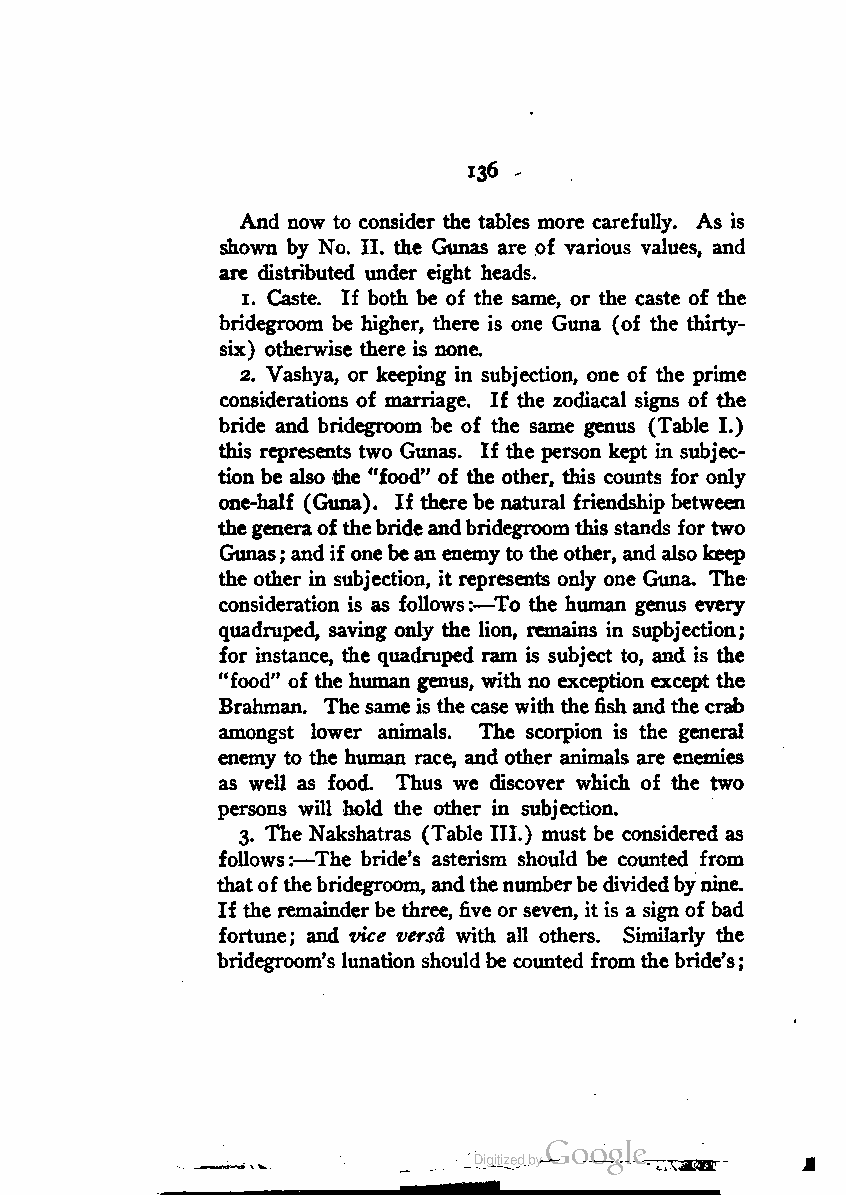
136
 And now to consider the tables more carefully. As is
 shown by No. II. the Gunas are of various values, and
 are distributed under eight heads.
 1. Caste. If both be of the same, or the caste of the
 bridegroom be higher, there is one Guna (of the thirty-
 six) otherwise there is none.
 2. Vashya, or keeping in subjection, one of the prime
 considerations of marriage. If the zodiacal signs of the
 bride and bridegroom be of the same genus (Table I.)
 this represents two Gunas. If the person kept in subjec
 tion be also the "food" of the other, this counts for only
 one-half (Guna). If there be natural friendship between
 thegeneraofthebrideandbridegroomthis stands for two
 Gunas; andif onebe an enemyto the other, and also keep
 the other in subjection, it represents only one Guna. The
 consideration is as follows:—To the human genus every
 quadruped, saving only the lion, remains in supbjection;
 for instance, the quadruped ram is subject to, and is the
 "food" of the human genus, with no exception except the
 Brahman. The sameis the case with the fish and the crab
 amongst lower animals. The scorpion is the general
 enemy to the human race, and other animals are enemies
 as well as food. Thus we discover which of the two
 persons will hold the other in subjection.
 3. The Nakshatras (Table III.) must be considered as
 follows:—The bride's asterism should be counted from
 thatofthebridegroom, andthenumberbedividedbynine.
 If the remainderbe three, five or seven, it is a sign of bad
 fortune; and vice versa with all others. Similarly the
 bridegroom's lunation shouldbe counted from thebride's;